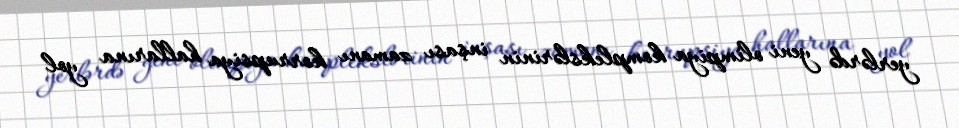
yerlərdə yeni olimpiya komplekslərinin inşası zamanı korrupsiya hallarına yol